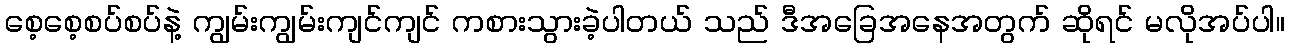
စေ့စေ့စပ်စပ်နဲ့ ကျွမ်းကျွမ်းကျင်ကျင် ကစားသွားခဲ့ပါတယ် သည် ဒီအခြေအနေအတွက် ဆိုရင် မလိုအပ်ပါ။